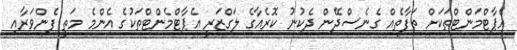
އެޕާޓްމަންޓްތަކަށް ތަފާތެއް ގެނެސްދޭން ދެކުނު ކޮރެއާގެ ލަގްޒަރީ އެޕާޓްމެންޓްތަކުގެ އެންމެ މަތީ ފެންވަރާއި